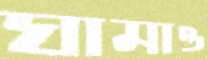
ঘামাও